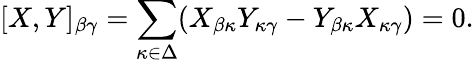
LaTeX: [X,Y]_{\beta\gamma}=\sum_{\kappa\in\Delta}(X_{\beta\kappa}Y_{\kappa\gamma}-Y_{\beta\kappa}X_{\kappa\gamma})=0.